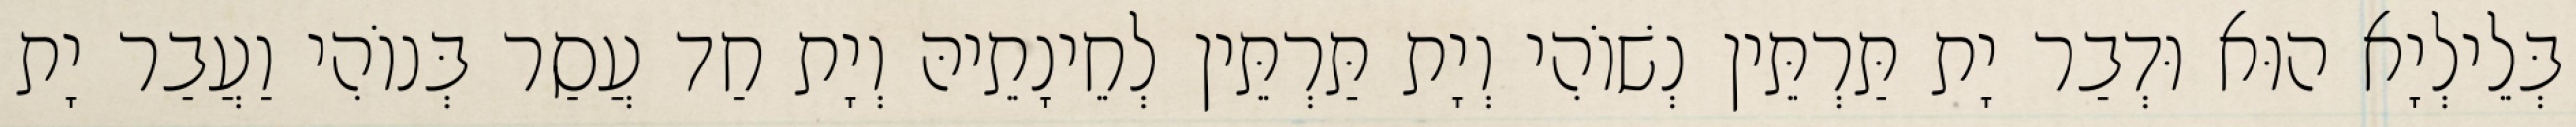
בְּלֵילְיָא הוּא וּדְבַר יָת תַּרְתֵּין נְשׁוֹהִי וְיָת תַּרְתֵּין לְחֵינָתֵיהּ וְיָת חַד עֲסַר בְּנוֹהִי וַעֲבַר יָת